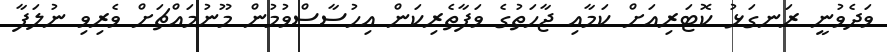
ވަދެވުނީ ރަނގަޅު ކޮޓަރިއަށް ކަމާއި ޖާހަތުގެ ވަފާތެރިކަން އިހުސާސްވުމުން މޫނުމައްޗަށް ވެރިވި ނުލަފާ